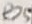
Text: R25